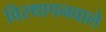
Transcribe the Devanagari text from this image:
विस्थापनवाले